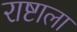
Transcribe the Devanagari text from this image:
राष्टाला